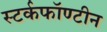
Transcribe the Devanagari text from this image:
स्टर्कफॉण्टीन